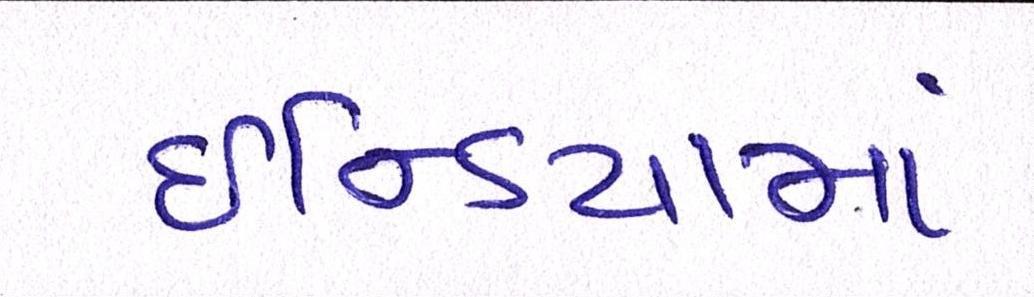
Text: ઇન્ડિયામાં